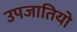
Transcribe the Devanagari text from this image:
उपजातियो